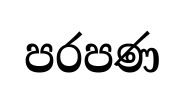
පරපණ